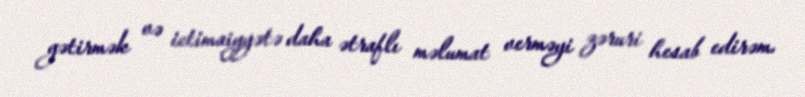
gətirmək və ictimaiyyətə daha ətraflı məlumat verməyi zəruri hesab edirəm.